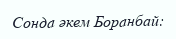
Сонда әкем Боранбай: